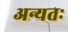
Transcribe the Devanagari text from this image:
अन्यतः